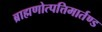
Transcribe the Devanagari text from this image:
ब्राह्मणोत्पत्तिमार्तण्ड